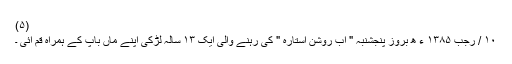
(۵)
۱۰ / رجب ۱۳۸۵ ء ھ بروز پنجشنبہ " آب روشن آستارہ " کی رہنے والی ایک ۱۳ سالہ لڑکی اپنے ماں باپ کے ہمراہ قم آئی ۔